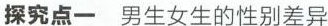
探究点一男生女生的性别差异情